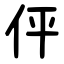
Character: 伻